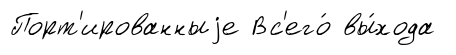
Порт'ированныjе Вс'его́ вы́хода